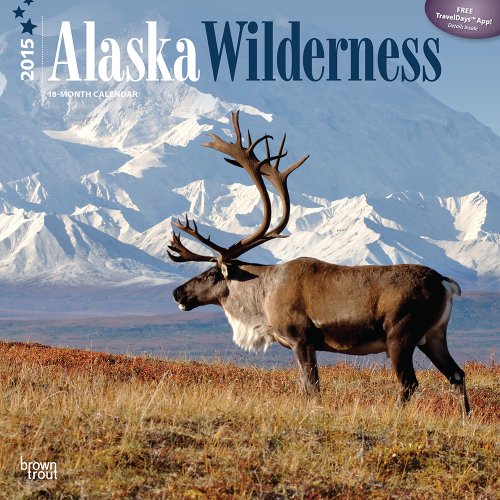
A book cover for Alaska Wilderness 2015 Square 12x12; BrownTrout; Calendars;